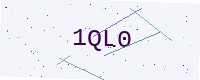
Text: 1QL0